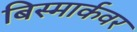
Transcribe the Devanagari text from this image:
बिस्मार्कवर